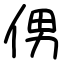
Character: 侽